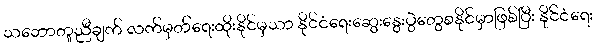
သဘောတူညီချက် လက်မှတ်ရေးထိုးနိုင်မှသာ နိုင်ငံရေးဆွေးနွေးပွဲတွေစနိုင်မှာဖြစ်ပြီး နိုင်ငံရေး